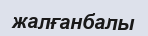
жалғанбалы